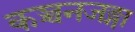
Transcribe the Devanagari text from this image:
कञ्चनजङ्गा